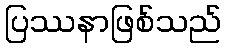
ပြဿနာဖြစ်သည်